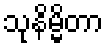
သုနိမ္မိတာ